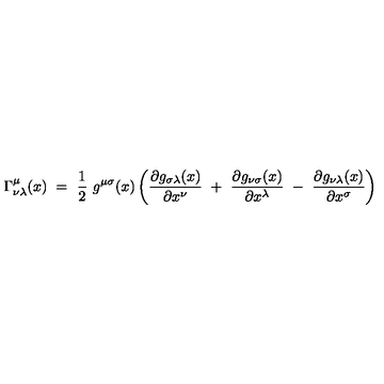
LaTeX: \Gamma _ { \nu \lambda } ^ { \mu } ( x ) \ = \ \frac 1 2 \ g ^ { \mu \sigma } ( x ) \left( \frac { \partial g _ { \sigma \lambda } ( x ) } { \partial x ^ { \nu } } \ + \ \frac { \partial g _ { \nu \sigma } ( x ) } { \partial x ^ { \lambda } } \ - \ \frac { \partial g _ { \nu \lambda } ( x ) } { \partial x ^ { \sigma } } \right)